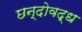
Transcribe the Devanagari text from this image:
छन्दोवद्ध